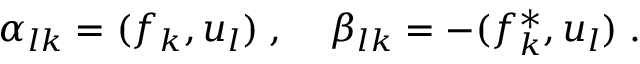
\alpha _ { l k } = ( f _ { k } , u _ { l } ) \; , \; \; \; \; \beta _ { l k } = - ( f _ { k } ^ { * } , u _ { l } ) \; .